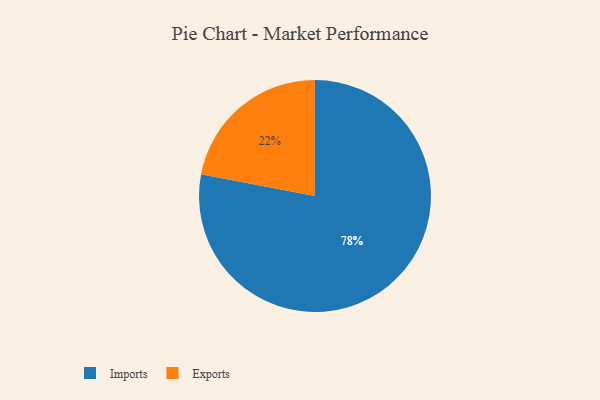
{"axis": {"x": "Category", "y": "Percentage"}, "legend": ["Exports", "Imports"], "data": [{"x": "Imports", "y": 78, "type": "Imports"}, {"x": "Exports", "y": 22, "type": "Exports"}]}